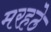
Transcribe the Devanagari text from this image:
मरहठे